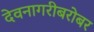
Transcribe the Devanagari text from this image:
देवनागरीबरोबर